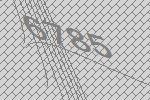
6785